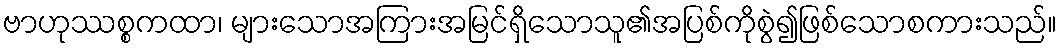
ဗာဟုဿစ္စကထာ၊ များသောအကြားအမြင်ရှိသောသူ၏အပြစ်ကိုစွဲ၍ဖြစ်သောစကားသည်။